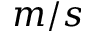
m / s